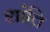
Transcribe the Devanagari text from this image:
शांत्ति